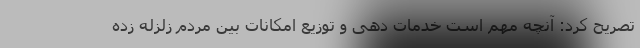
تصریح کرد: آنچه مهم است خدمات دهی و توزیع امکانات بین مردم زلزله زده